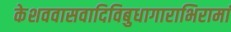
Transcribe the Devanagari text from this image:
केशववासवादिविबुधागाराभिरामां